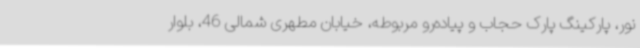
نور، پارکینگ پارک حجاب و پیاده‌رو مربوطه، خیابان مطهری شمالی 46، بلوار